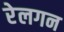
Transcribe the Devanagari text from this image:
रेलगन